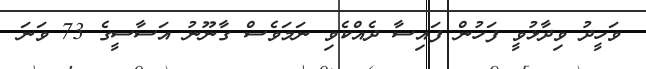
ވަހީދު ވިދާޅުވީ ފަހުން ފައިސާ ދެއްކެވި ނަމަވެސް ގާނޫނު އަސާސީގެ 73 ވަނަ